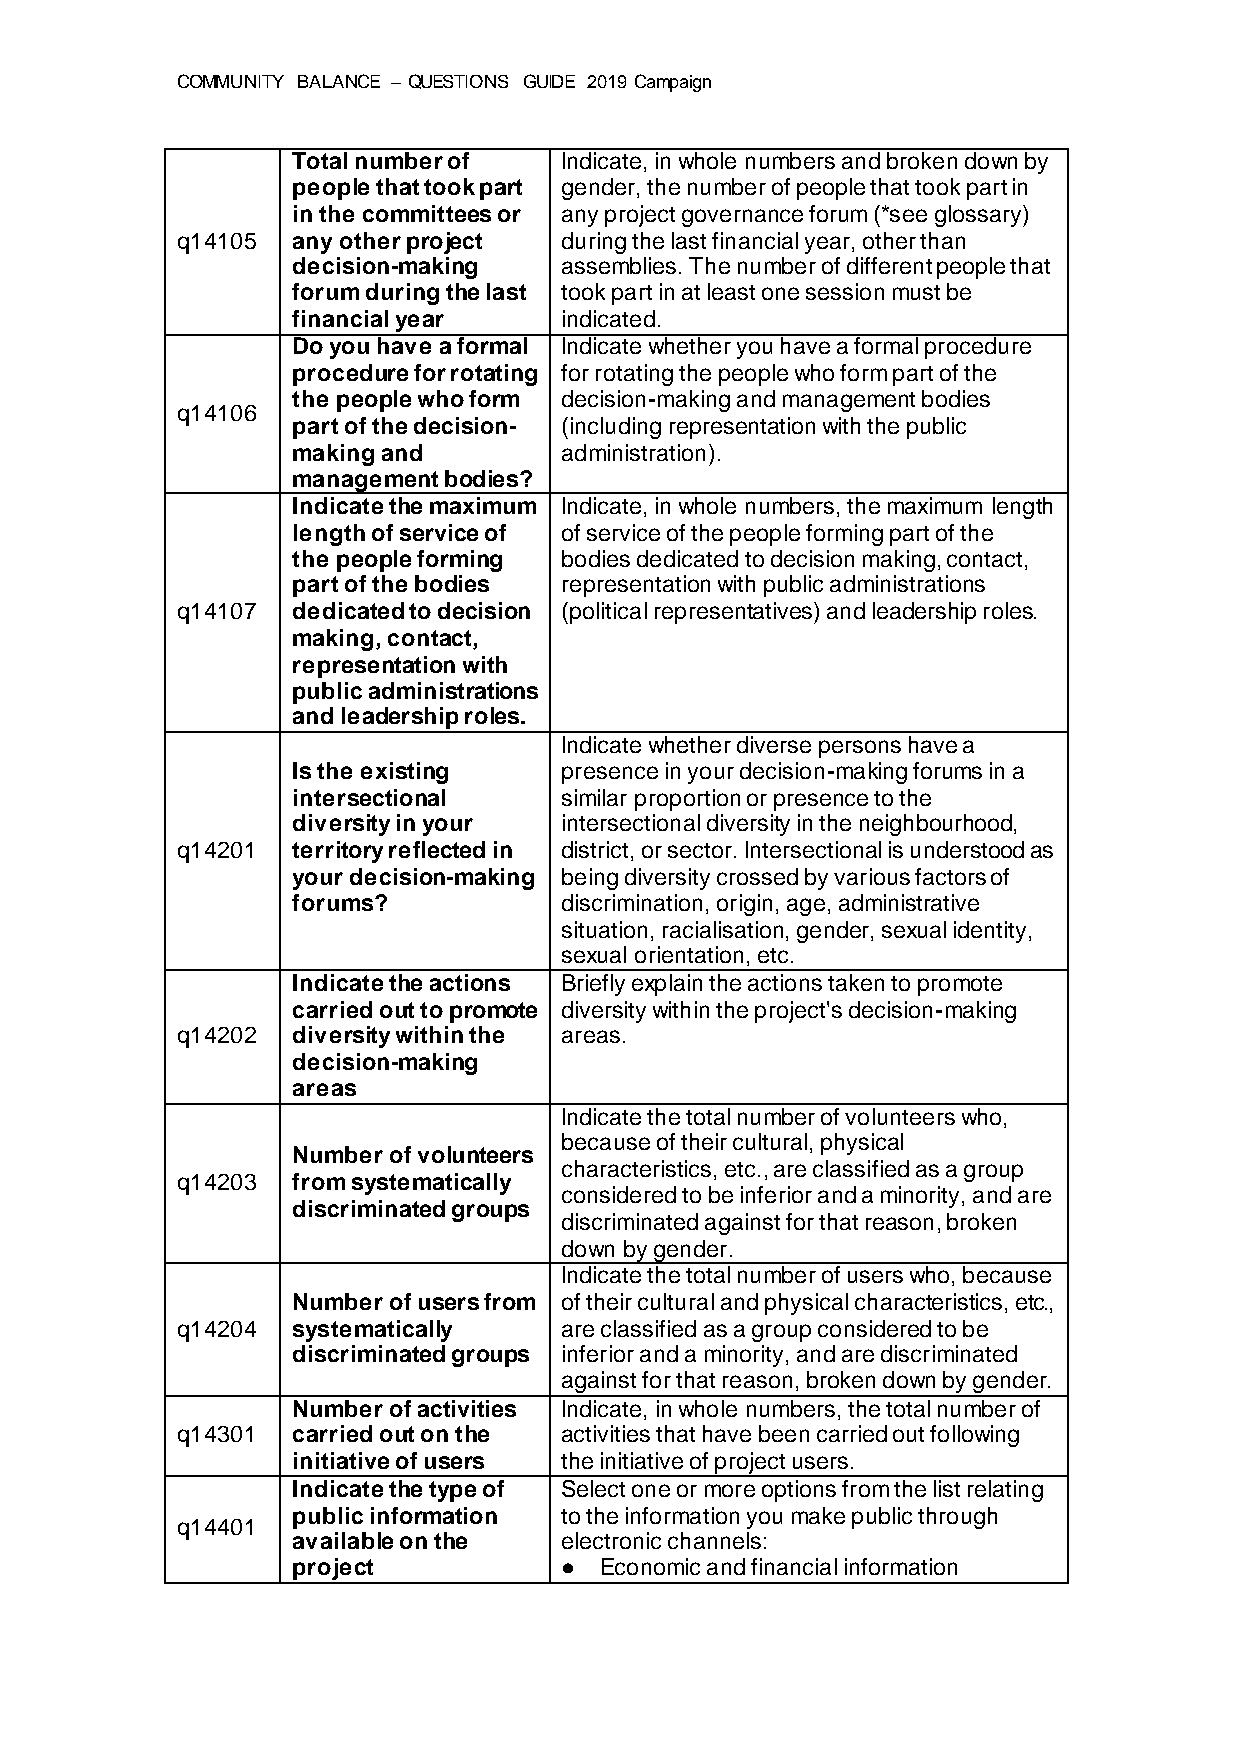
COMMUNITY BALANCE – QUESTIONS GUIDE 2019 Campaign
 Total number of   Indicate, in whole numbers and broken down by
 people that took part gender, the number of people that took part in
 in the committees or any project governance forum (*see glossary)
 q14105 any other project during the last financial year, other than
 decision-making   assemblies. The number of different people that
 forum during the last took part in at least one session must be
 financial year    indicated.
 Do you have a formal Indicate whether you have a formal procedure
 procedure for rotating for rotating the people who form part of the
 the people who form decision-making and management bodies
 q14106
 part of the decision- (including representation with the public
 making and        administration).
 management bodies?
 Indicate the maximum Indicate, in whole numbers, the maximum length
 length of service of of service of the people forming part of the
 the people forming bodies dedicated to decision making, contact,
 part of the bodies representation with public administrations
 q14107 dedicated to decision (political representatives) and leadership roles.
 making, contact,
 representation with
 public administrations
 and leadership roles.
 Indicate whether diverse persons have a
 Is the existing   presence in your decision-making forums in a
 intersectional    similar proportion or presence to the
 diversity in your intersectional diversity in the neighbourhood,
 q14201 territory reflected in district, or sector. Intersectional is understood as
 your decision-making being diversity crossed by various factors of
 forums?           discrimination, origin, age, administrative
 situation, racialisation, gender, sexual identity,
 sexual orientation, etc.
 Indicate the actions Briefly explain the actions taken to promote
 carried out to promote diversity within the project's decision-making
 q14202 diversity within the areas.
 decision-making
 areas
 Indicate the total number of volunteers who,
 because of their cultural, physical
 Number of volunteers
 characteristics, etc., are classified as a group
 q14203 from systematically
 considered to be inferior and a minority, and are
 discriminated groups
 discriminated against for that reason, broken
 down by gender.
 Indicate the total number of users who, because
 Number of users from of their cultural and physical characteristics, etc.,
 q14204 systematically    are classified as a group considered to be
 discriminated groups inferior and a minority, and are discriminated
 against for that reason, broken down by gender.
 Number of activities Indicate, in whole numbers, the total number of
 q14301 carried out on the activities that have been carried out following
 initiative of users the initiative of project users.
 Indicate the type of Select one or more options from the list relating
 public information to the information you make public through
 q14401
 available on the  electronic channels:
 project           ●  Economic and financial information